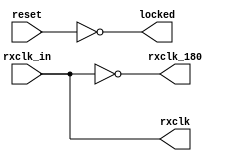
module rxClkgen(rxclk_in, reset, rxclk, rxclk_180, locked);
    input rxclk_in;
    input reset;
    output rxclk;
    output rxclk_180;
    output locked;
    // 2x clock should be provided with dcm
    wire rxclk;
    wire rxclk_180;
  //  wire rxclk_2x;
    /*dcm0 rx_dcm(.CLKIN_IN(rxclk_in), 
                .RST_IN(reset), 
                .CLKIN_IBUFG_OUT(), 
                .CLK0_OUT(rxclk), 
                .CLK180_OUT(rxclk_180),	
                .LOCKED_OUT(locked)
               );*/
    assign rxclk = rxclk_in;
    assign rxclk_180 = ~rxclk;
    assign locked = ~reset;

endmodule